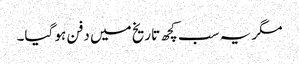
مگر یہ سب کچھ تاریخ میں دفن ہو گیا۔